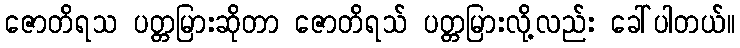
ဇောတိရသ ပတ္တမြားဆိုတာ ဇောတိရသ် ပတ္တမြားလို့လည်း ခေါ်ပါတယ်။